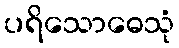
ပရိသောဓေသုံ